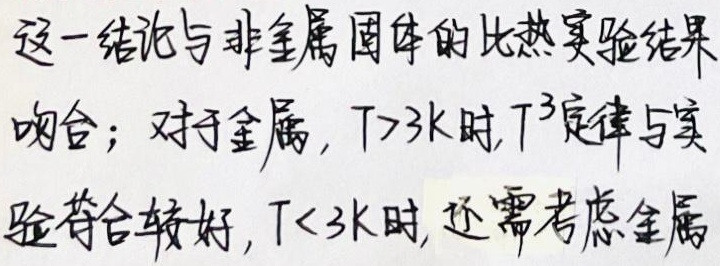
这一结论与非金属固体的比热实验结果吻合；对于金属，\(T > 3\text{K}\) 时，\(T^{3}\)定律与实验符合较好，\(T < 3\text{K}\) 时，还需考虑金属中自由电子对比热的贡献 （补充完整句子，若不需要补充，仅按照已有内容修改为：这一结论与非金属固体的比热实验结果吻合；对于金属，\(T > 3\text{K}\) 时，\(T^{3}\)定律与实验符合较好，\(T < 3\text{K}\) 时，还需考虑金属）